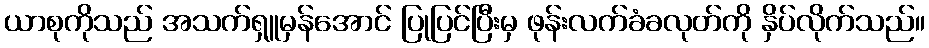
ယာစုကိုသည် အသက်ရှူမှန်အောင် ပြုပြင်ပြီးမှ ဖုန်းလက်ခံခလုတ်ကို နှိပ်လိုက်သည်။